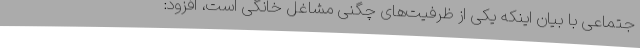
جتماعی با بیان اینکه یکی از ظرفیت‌های چگنی مشاغل خانگی است، افزود: